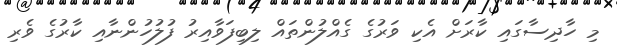
މި ހާދިސާގައި ކާރަށް އެކި ވަރުގެ ގެއްލުންތައް ލިބިފަވާއިރު ފުލުހުންނާއި ކާރުގެ ވެރި